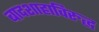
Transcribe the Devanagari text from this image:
बादशाहाविरुद्ध